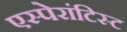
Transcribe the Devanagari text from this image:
एस्पेरांटिस्ट